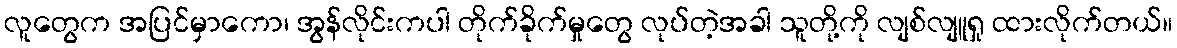
လူတွေက အပြင်မှာကော၊ အွန်လိုင်းကပါ တိုက်ခိုက်မှုတွေ လုပ်တဲ့အခါ သူတို့ကို လျစ်လျူရှု ထားလိုက်တယ်။